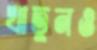
খাতুনও